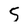
Character: 5